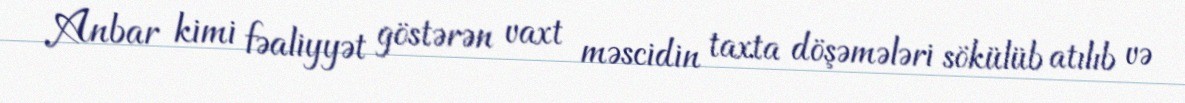
Anbar kimi fəaliyyət göstərən vaxt məscidin taxta döşəmələri sökülüb atılıb və